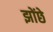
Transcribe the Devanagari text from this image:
झोंछे